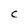
Character: C